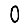
Digit: 0